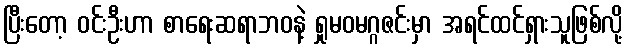
ပြီးတော့ ဝင်းဦးဟာ စာရေးဆရာဘဝနဲ့ ရှုမဝမဂ္ဂဇင်းမှာ အရင်ထင်ရှားသူဖြစ်လို့